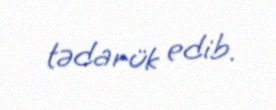
tədarük edib.